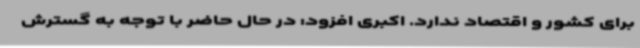
برای کشور و اقتصاد ندارد. اکبری افزود: در حال حاضر با توجه به گسترش